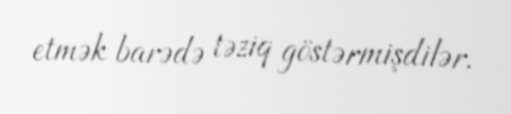
etmək barədə təziq göstərmişdilər.